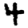
Digit: 4